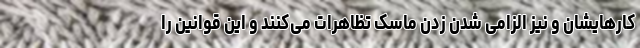
کارهایشان و نیز الزامی شدن زدن ماسک تظاهرات می‌کنند و این قوانین را